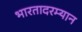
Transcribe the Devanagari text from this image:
भारतादरम्यान